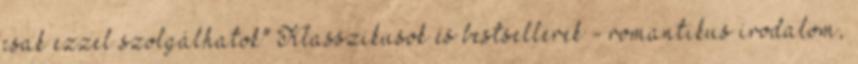
csak ezzel szolgálhatok" Klasszikusok és bestsellerek - romantikus irodalom,